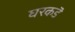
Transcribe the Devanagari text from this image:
घरकडॆ